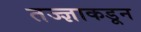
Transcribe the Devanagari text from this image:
तज्‍ज्ञाकडून